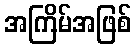
အကြိမ်အဖြစ်